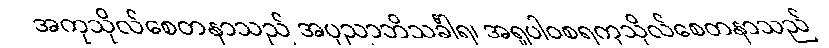
အကုသိုလ်စေတနာသည် အပုညာဘိသင်္ခါရ၊ အရူပါဝစရကုသိုလ်စေတနာသည်